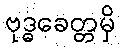
ဗုဒ္ဓခေတ္တမှိ